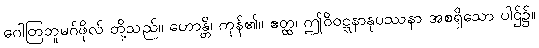
ဂေါတြဘူမဂ်ဖိုလ် တို့သည်။ ဟောန္တိ၊ ကုန်၏။ ဧတ္ထ၊ ဤဝိဝဋ္ဋနာနုပဿနာ အစရှိသော ပါဌ်၌။